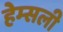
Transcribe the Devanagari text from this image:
हेम्सली